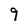
Character: 9